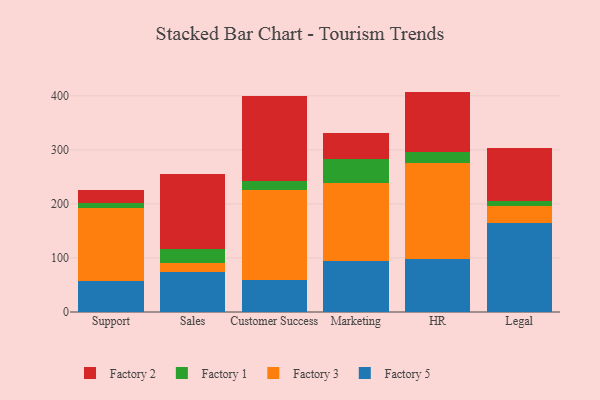
{"axis": {"x": "Department", "y": "Population (Million)"}, "legend": ["Factory 1", "Factory 2", "Factory 3", "Factory 5"], "data": [{"x": "Support", "y": 57.5, "type": "Factory 5"}, {"x": "Support", "y": 135.6, "type": "Factory 3"}, {"x": "Support", "y": 8.8, "type": "Factory 1"}, {"x": "Support", "y": 24.4, "type": "Factory 2"}, {"x": "Sales", "y": 73.8, "type": "Factory 5"}, {"x": "Sales", "y": 16.2, "type": "Factory 3"}, {"x": "Sales", "y": 27.2, "type": "Factory 1"}, {"x": "Sales", "y": 138.6, "type": "Factory 2"}, {"x": "Customer Success", "y": 60.0, "type": "Factory 5"}, {"x": "Customer Success", "y": 165.9, "type": "Factory 3"}, {"x": "Customer Success", "y": 17.0, "type": "Factory 1"}, {"x": "Customer Success", "y": 156.6, "type": "Factory 2"}, {"x": "Marketing", "y": 95.2, "type": "Factory 5"}, {"x": "Marketing", "y": 143.6, "type": "Factory 3"}, {"x": "Marketing", "y": 43.8, "type": "Factory 1"}, {"x": "Marketing", "y": 48.5, "type": "Factory 2"}, {"x": "HR", "y": 98.0, "type": "Factory 5"}, {"x": "HR", "y": 177.7, "type": "Factory 3"}, {"x": "HR", "y": 21.2, "type": "Factory 1"}, {"x": "HR", "y": 110.9, "type": "Factory 2"}, {"x": "Legal", "y": 165.5, "type": "Factory 5"}, {"x": "Legal", "y": 30.9, "type": "Factory 3"}, {"x": "Legal", "y": 8.5, "type": "Factory 1"}, {"x": "Legal", "y": 99.0, "type": "Factory 2"}]}